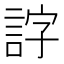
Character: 𧧕